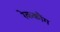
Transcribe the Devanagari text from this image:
रेककौंग